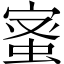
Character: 𮔉